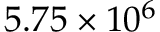
5 . 7 5 \times 1 0 ^ { 6 }